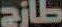
طازج